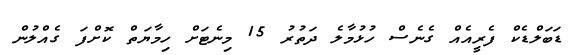
ޑަބަލްޑެކް ފެރީއެއް ގެނެސް ހުޅުމާލެ ދަތުރު 15 މިނެޓަށް ހިމާޔަތް ކޮށްފަ ގެއްލުން